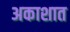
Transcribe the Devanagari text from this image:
अकाशात